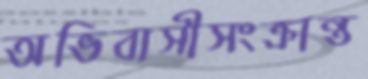
অভিবাসীসংক্রান্ত